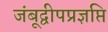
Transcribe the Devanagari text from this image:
जंबूद्वीपप्रज्ञप्ति